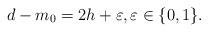
LaTeX: \begin{align*}d-m_0=2h+\varepsilon,\varepsilon\in\{0,1\}.\end{align*}